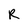
Character: R